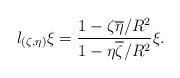
LaTeX: \begin{align*}l_{(\zeta,\eta)}\xi=\frac{1-\zeta\overline\eta/R^2}{1-\eta\overline\zeta/R^2 }\xi.\end{align*}